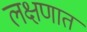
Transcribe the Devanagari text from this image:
लक्षणात